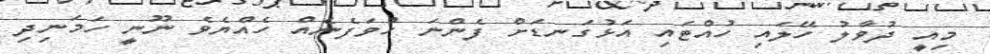
މިއީ ދުވާލު ހޭލައި ހުއްޓައި އަޅުގަނޑަށް ފެންނަ ހުވަފެނެއް ހެއްޔެވެ ނޫނީ ހަމަނިދި